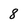
Character: 8